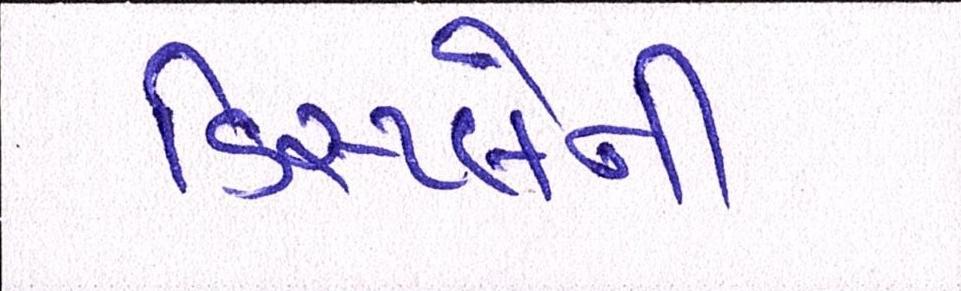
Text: ડિસ્પ્લેની